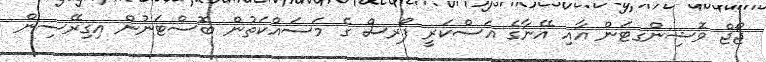
ޖޯޖް ވޮޝިންގޓަން އާއި އޭނާގެ އަސްކަރީ ފޯރސް ގެ މަސައްކަތުން ބޮސްޓަނުން އިގިރޭސިން